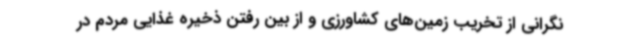
نگرانی از تخریب زمین‌های کشاورزی و از بین رفتن ذخیره غذایی مردم در